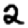
Digit: 2